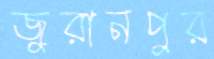
জুরানপুর